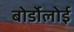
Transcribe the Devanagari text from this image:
बोर्डोलोई